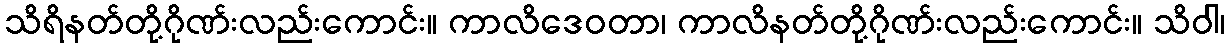
သိရိနတ်တို့ဂိုဏ်းလည်းကောင်း။ ကာလိဒေဝတာ၊ ကာလိနတ်တို့ဂိုဏ်းလည်းကောင်း။ သိဝါ၊